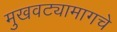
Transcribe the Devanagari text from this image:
मुखवट्यामागचे